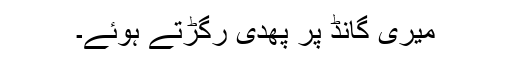
میری گانڈ پر پھدی رگڑتے ہوئے۔